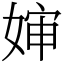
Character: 婶